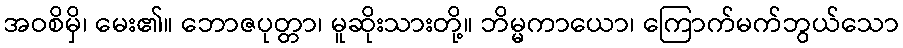
အဝစိမှိ၊ မေး၏။ ဘောဇပုတ္တာ၊ မူဆိုးသားတို့။ ဘိမ္မကာယော၊ ကြောက်မက်ဘွယ်သော